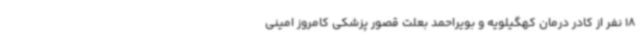
18 نفر از کادر درمان کهگیلویه و بویراحمد بعلت قصور پزشکی کامروز امینی